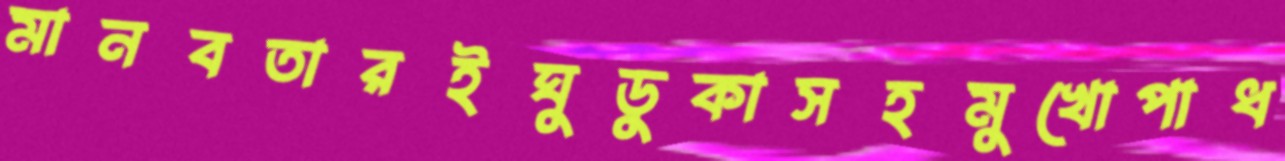
মানবতারইঘুডুকাসহমুখোপাধ